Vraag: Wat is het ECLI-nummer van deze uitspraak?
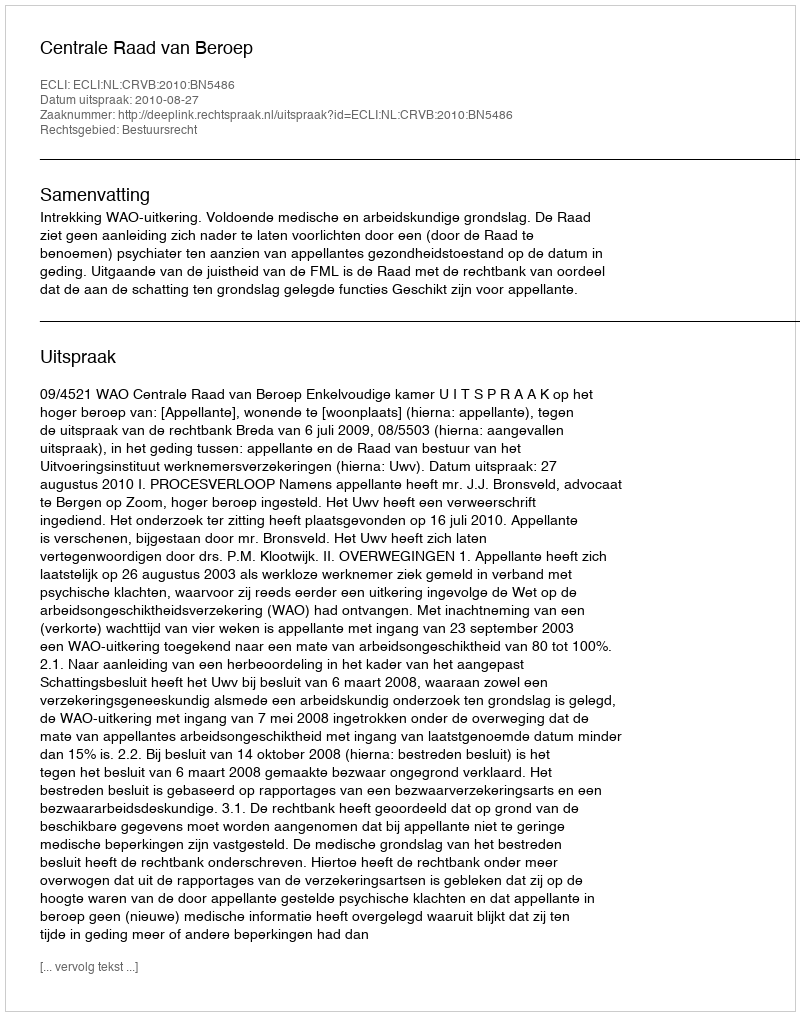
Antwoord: ECLI:NL:CRVB:2010:BN5486